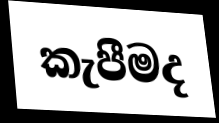
කැපීමද